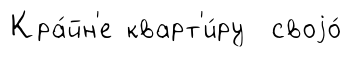
Кра́йн'е кварт'и́ру своjо́